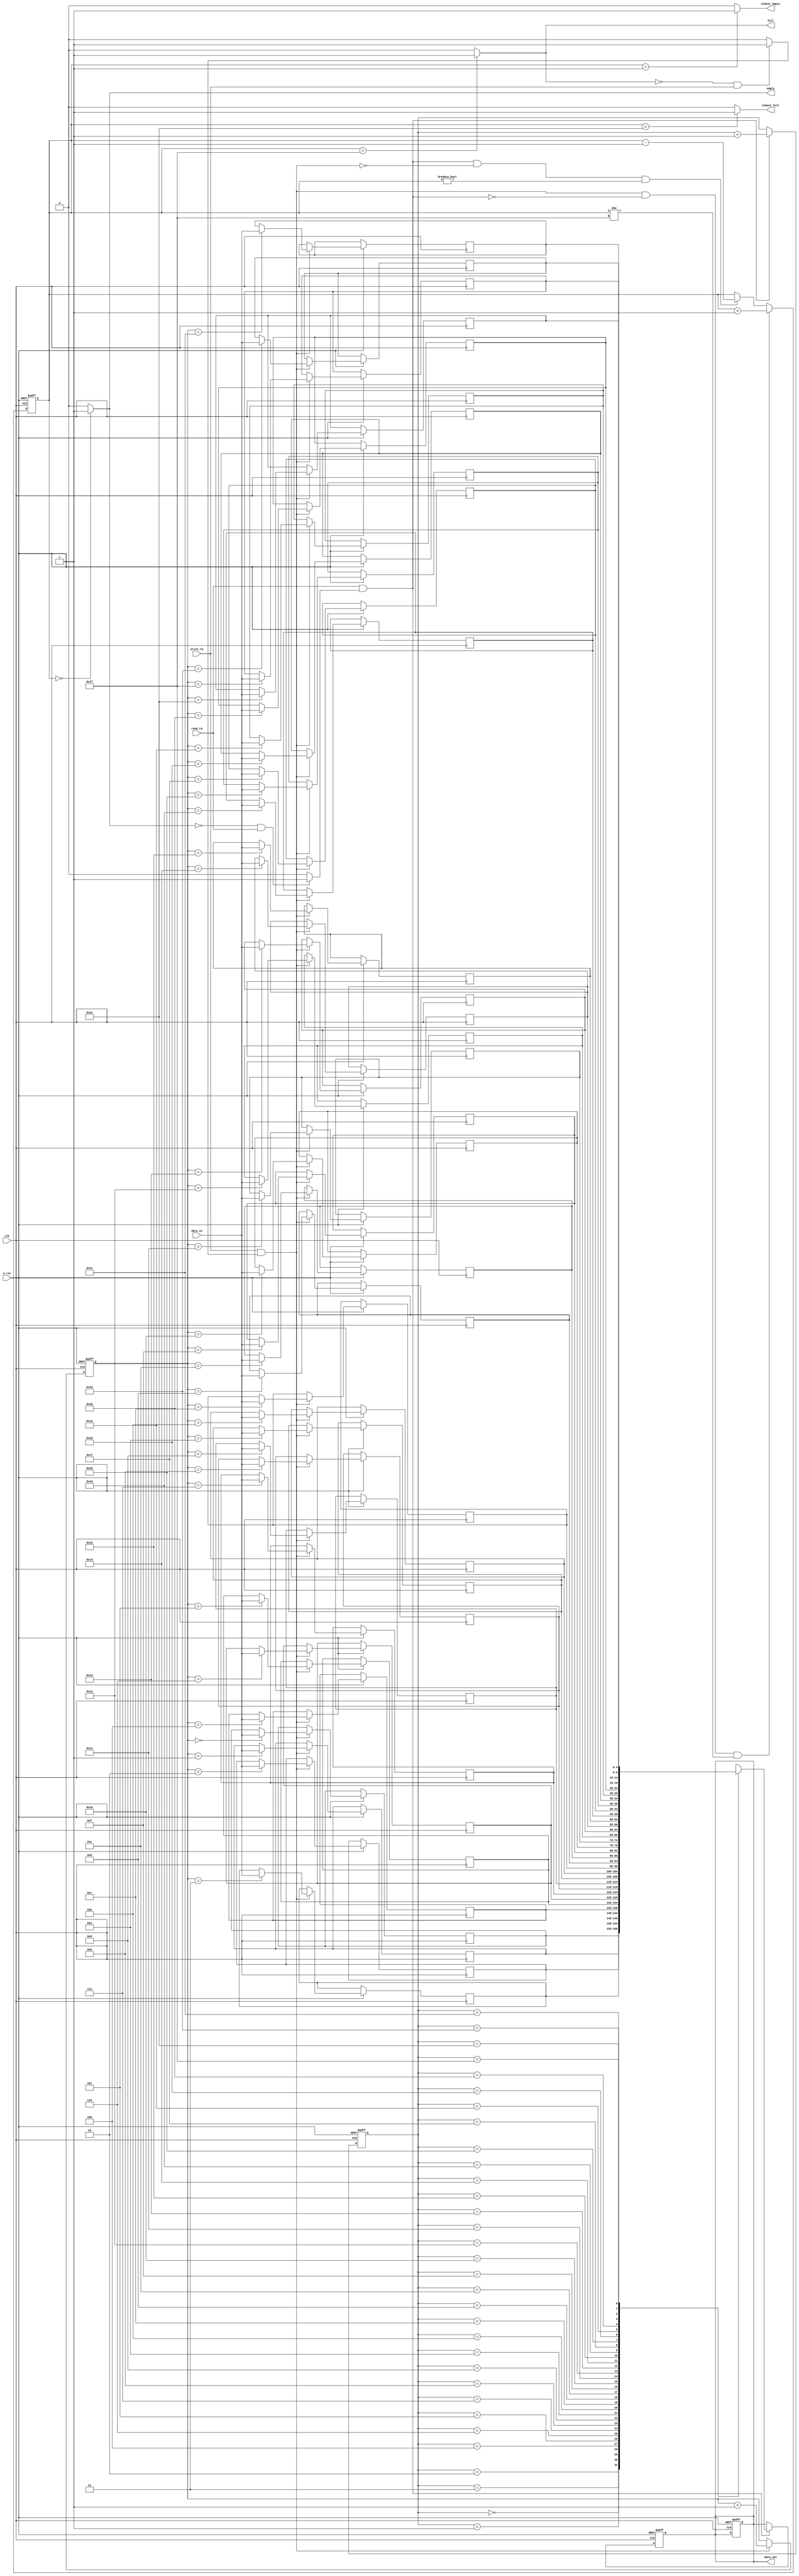
module Synchronous_FIFO_Memory #(parameter WL=5) (input clk, n_rst, write_rq, read_rq, 
	input [WL-1:0] data_in, 
	output empty, almost_empty, full, almost_full,
	output reg [WL-1:0] data_out
    );

	parameter DEPTH = 2**WL - 1;
	reg [WL-1:0] write_addr, read_addr;
	reg [WL-1:0] MEM_ARRAY[DEPTH:0];
	wire write_enable, read_enable;
	reg [WL-1:0] counter;
	
	//Assigning the different states of the memory block
	assign full = (counter == DEPTH) ? 1 : 0;
	assign almost_full = (counter == (DEPTH-1)) ? 1 : 0;
	assign empty = (counter == 0) ? 1 : 0;
	assign almost_empty = (counter == 1) ? 1 : 0;
	
	//Assigning the memory block read/write enables
	assign write_enable = (~full && write_rq)  ? 1 : 0;
	assign read_enable = (~empty && read_rq) ? 1 : 0;
	
	//Operation to increase the write memory address
	always @(posedge clk or negedge n_rst) begin
		if (~n_rst)
			write_addr <= 0;
		else if (write_rq && write_enable)
			write_addr <= write_addr + 1;
	end 
	
	//Operation to write the current memory address to the MEM_ARRAY (memory block)	
	always @(posedge clk or negedge n_rst) begin
		if (~n_rst)
			data_out <= 0;
		else if (write_enable && write_rq)
			MEM_ARRAY[write_addr] <= data_in;
	end
	
	//Operation to increase the read memory address
	always @(posedge clk or negedge n_rst) begin
		if (~n_rst)
			read_addr <= 0;
		else if (read_rq && read_enable)
			read_addr <= read_addr + 1;
	end
	
	//Operation to read the current read address from MEM_ARRAY (memory block) and send it to output port "data_out"
	always @(posedge clk or negedge n_rst) begin
		if (~n_rst)
			data_out <= 0;
		else if (read_enable && read_rq)
			data_out <= MEM_ARRAY[read_addr];
	end
	
	//Asynchronous operation to increase the counter that will trigger the flags according to the size of the memory block
	always @(posedge clk or negedge n_rst) begin
		if (~n_rst)
			counter <= 0;
		else if ((write_enable && write_rq) &&
					(!(read_enable && read_rq)) &&
					(counter != DEPTH))
			counter <= counter + 1;
		else if ((read_enable && read_rq) &&
					(!(write_enable && write_rq)) &&
					(counter != 0))
			counter <= counter - 1;
	end
endmodule